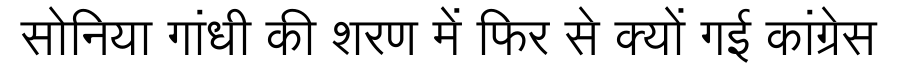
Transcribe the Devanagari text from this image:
सोनिया गांधी की शरण में फिर से क्यों गई कांग्रेस